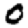
Digit: 0